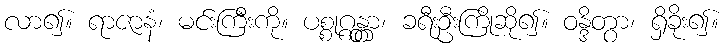
လာ၍။ ရာဇာနံ၊ မင်းကြီးကို။ ပစ္စုဂ္ဂန္တွာ၊ ခရီးဦးကြိုဆို၍။ ဝန္ဒိတွာ၊ ရှိခိုး၍။